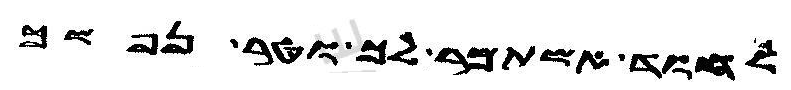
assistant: לחוד אשתמר לך וטר נפשך